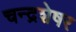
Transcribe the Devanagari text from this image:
चन्द्रशेषर